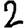
Digit: 2